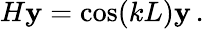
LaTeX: H\mathbf{y}=\cos(kL)\mathbf{y}\, .